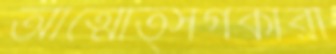
আত্মোত্সর্গকারী